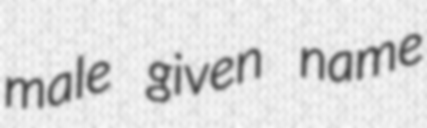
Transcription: male given name